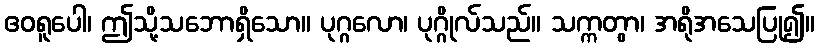
ဧဝရူပေါ၊ ဤသို့သဘောရှိသော။ ပုဂ္ဂလော၊ ပုဂ္ဂိုလ်သည်။ သက္ကတွာ၊ အရိုအသေပြု၍။